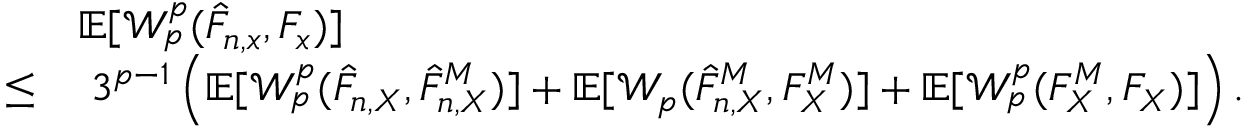
\begin{array} { r l } & { \mathbb { E } [ \mathcal { W } _ { p } ^ { p } ( \hat { F } _ { n , x } , F _ { x } ) ] } \\ { \leq } & { \; 3 ^ { p - 1 } \left( \mathbb { E } [ \mathcal { W } _ { p } ^ { p } ( \hat { F } _ { n , X } , \hat { F } _ { n , X } ^ { M } ) ] + \mathbb { E } [ \mathcal { W } _ { p } ( \hat { F } _ { n , X } ^ { M } , F _ { X } ^ { M } ) ] + \mathbb { E } [ \mathcal { W } _ { p } ^ { p } ( F _ { X } ^ { M } , F _ { X } ) ] \right) . } \end{array}